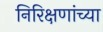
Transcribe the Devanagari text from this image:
निरिक्षणांच्या